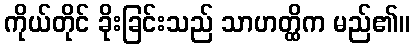
ကိုယ်တိုင် ခိုးခြင်းသည် သာဟတ္ထိက မည်၏။